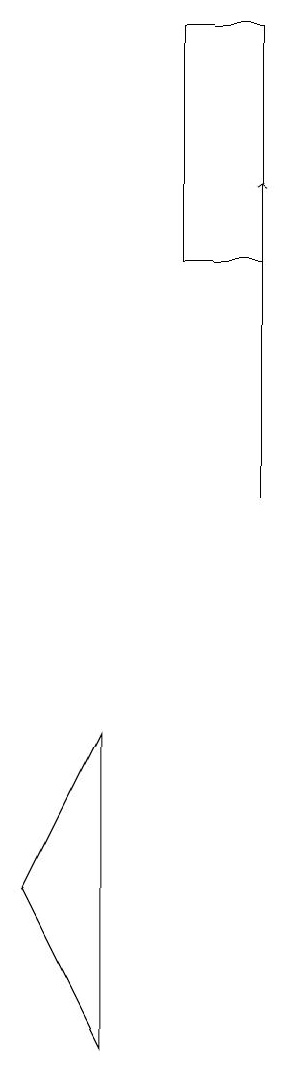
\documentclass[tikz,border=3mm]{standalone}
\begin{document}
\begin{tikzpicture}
\draw (2,5) -- (3,7) -- (3,3) -- cycle;
\draw[->] (5,10) -- (5,14);
\draw (4,16) rectangle (5,13);
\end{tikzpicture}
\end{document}